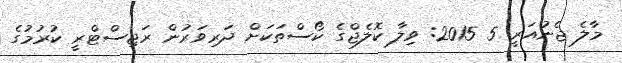
މާލެ ޖެނުއަރީ 5 2015: ވިލާ ކޮލެޖްގެ ކޯސްތަކަށް ދަރިވަރުން ރަޖިސްޓްރީ ކުރުމުގެ